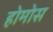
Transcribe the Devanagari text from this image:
होमोस